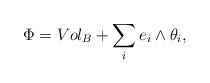
LaTeX: \begin{align*}\Phi = Vol_B + \sum_{i}e_i \wedge \theta_i,\end{align*}